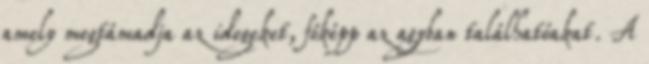
amely megtámadja az idegeket, főképp az agyban találhatóakat. A